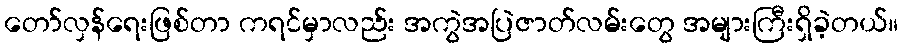
တော်လှန်ရေးဖြစ်တာ ကရင်မှာလည်း အကွဲအပြဲဇာတ်လမ်းတွေ အများကြီးရှိခဲ့တယ်။